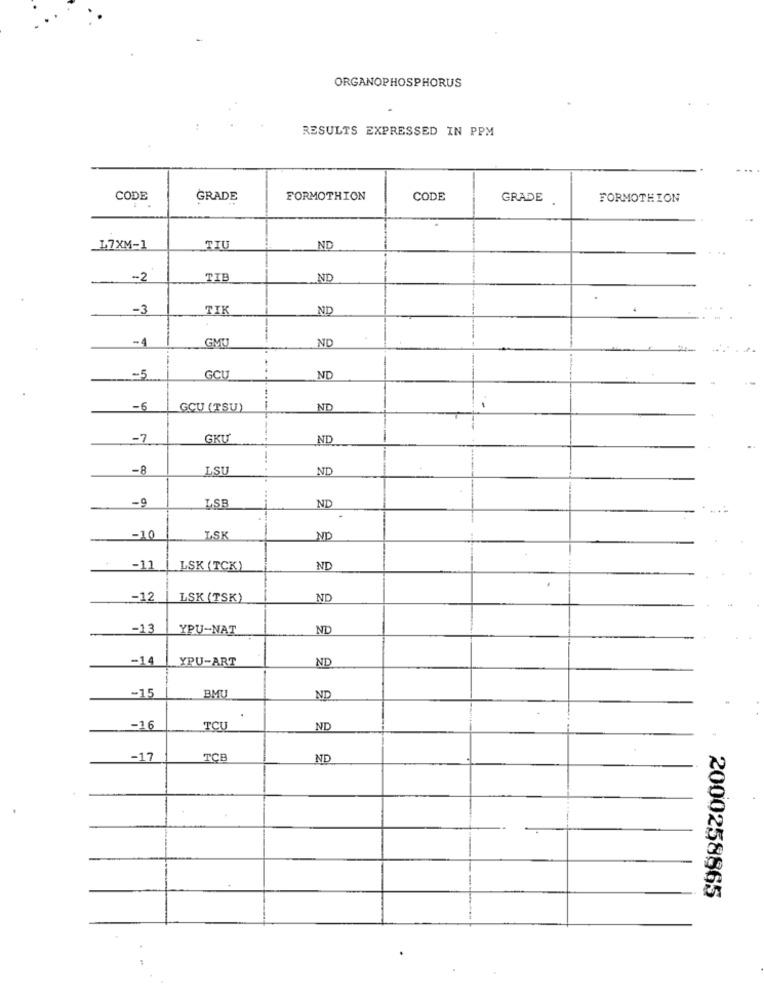
ORGANOPHOSPHORUS
RESULTS EXPRESSED IN PPM
CODE
GRADE
FORMOTHION
CODE
GRADE
FORMOTHION
_17XM-1
TIU
ND
-2
TIB
ND
-3
TIK
ND
4
-4
GMU
ND
...
-- 5
GCU
ND
-6
GCU (TSU)
ND
-7
GKU
ND
-8
LSU
ND
-9
ND
LSB
-10
LSK
ND
-11
LSK (TCK)
ND
.- 12
LSK (TSK)
ND
-13
YPU-NAT
ND
-14
YPU-ART
ND
BMU
-15
ND
-16
TCU
ND
-17
TCB
ND
2000258865